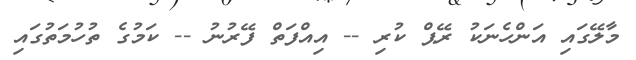
މާލޭގައި އަންހެނަކު ރޭޕް ކުރި -- އިއްފަތް ފޭރުނު -- ކަމުގެ ތުހުމަތުގައި